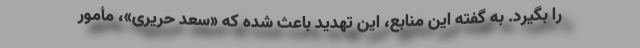
را بگیرد. به گفته این منابع، این تهدید باعث شده که «سعد حریری»، مأمور